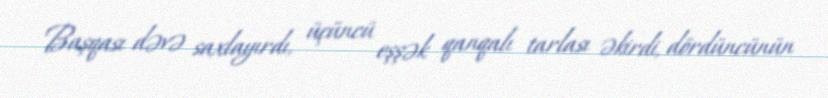
Başqası dəvə saxlayırdı, üçüncü eşşək qanqalı tarlası əkirdi, dördüncünün